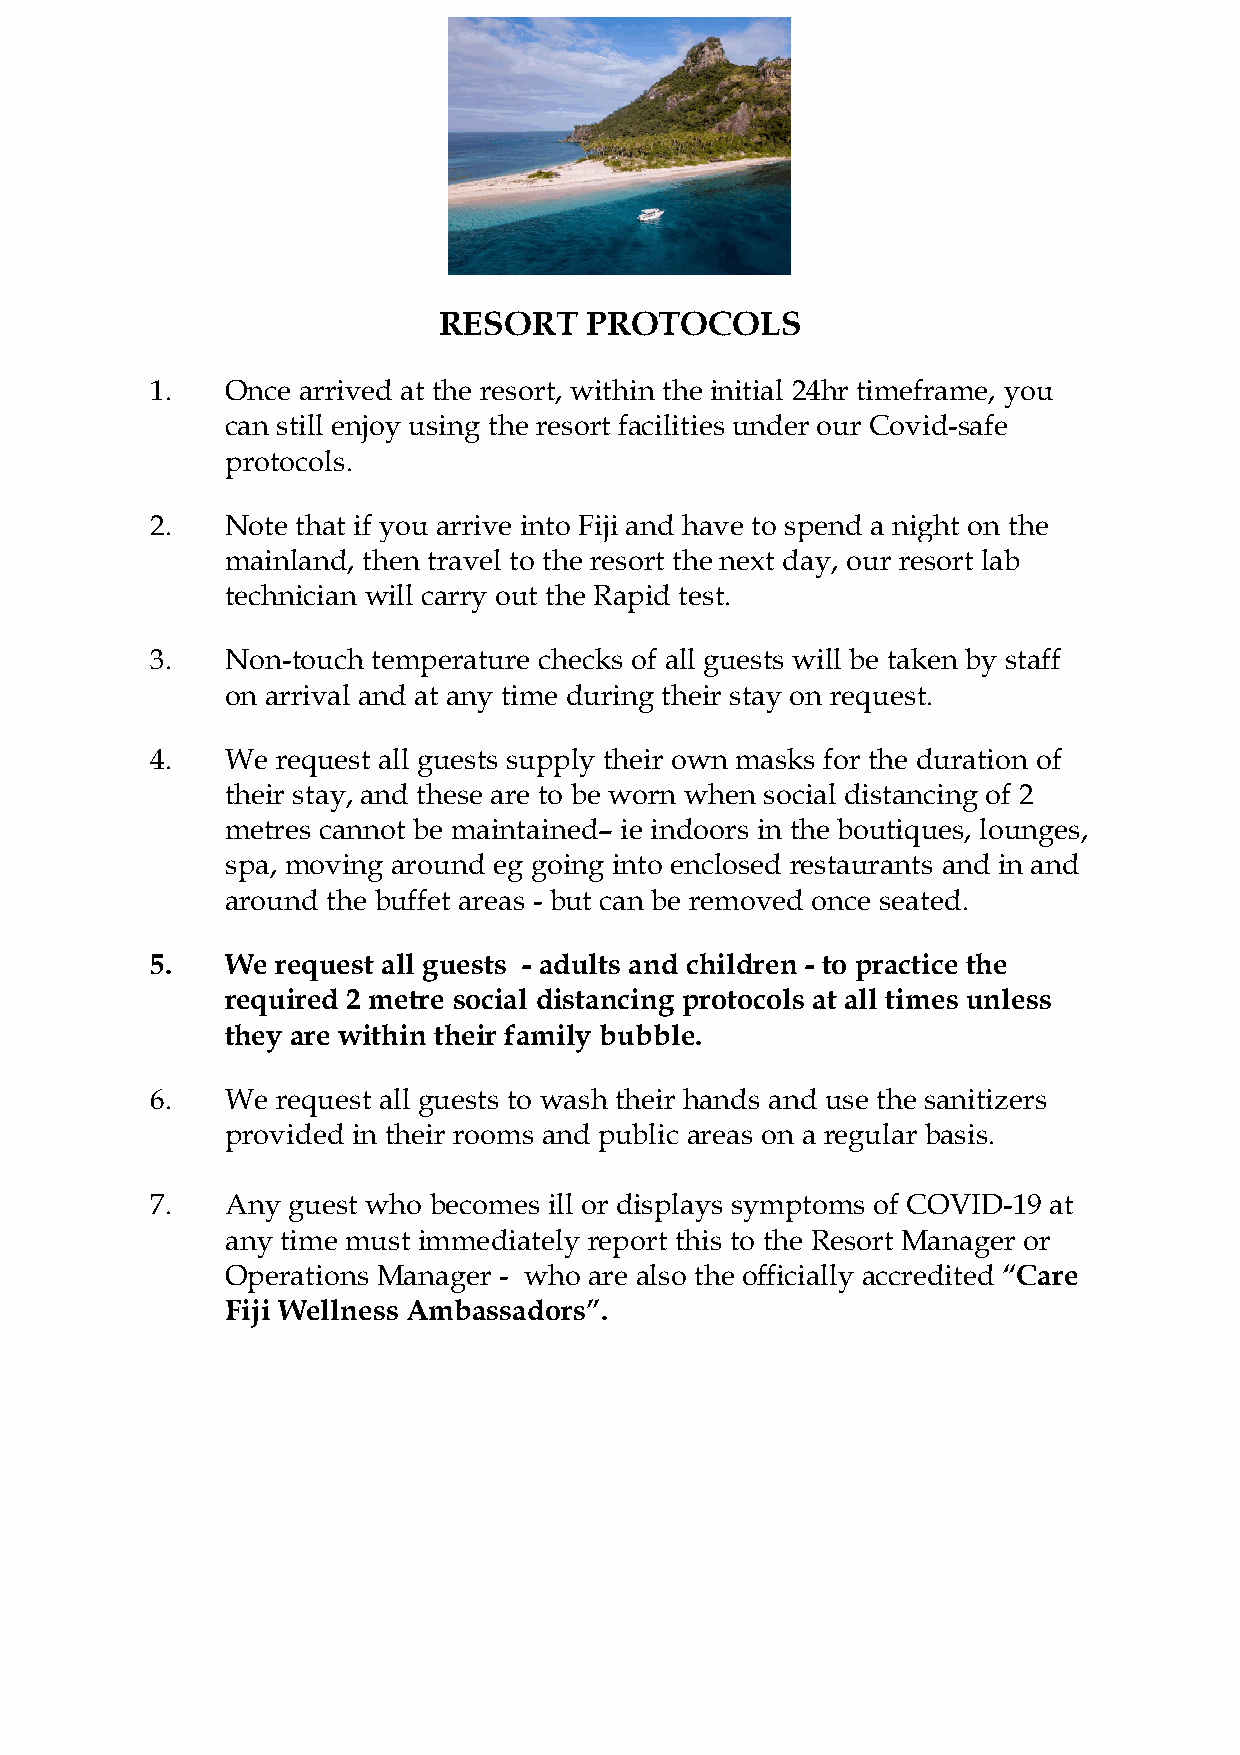
RESORT    PROTOCOLS
 1.   Once arrived at the resort, within the initial 24hr timeframe, you
 can still enjoy using the resort facilities under our Covid-safe
 protocols.
 2.   Note that if you arrive into Fiji and have to spend a night on the
 mainland, then travel to the resort the next day, our resort lab
 technician will carry out the Rapid test.
 3.   Non-touch temperature checks of all guests will be taken by staff
 on arrival and at any time during their stay on request.
 4.   We request all guests supply their own masks for the duration of
 their stay, and these are to be worn when social distancing of 2
 metres cannot be maintained– ie indoors in the boutiques, lounges,
 spa, moving around eg going into enclosed restaurants and in and
 around the buffet areas - but can be removed once seated.
 5.   We request all guests - adults and children - to practice the
 required 2 metre social distancing protocols at all times unless
 they are within their family bubble.
 6.   We request all guests to wash their hands and use the sanitizers
 provided in their rooms and public areas on a regular basis.
 7.   Any guest who becomes ill or displays symptoms of COVID-19 at
 any time must immediately report this to the Resort Manager or
 Operations Manager - who are also the officially accredited “Care
 Fiji Wellness Ambassadors”.